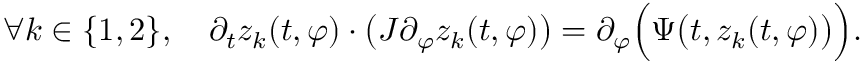
\forall k \in \{ 1 , 2 \} , \quad \partial _ { t } z _ { k } ( t , \varphi ) \cdot \big ( J \partial _ { \varphi } z _ { k } ( t , \varphi ) \big ) = \partial _ { \varphi } \Big ( \Psi \big ( t , z _ { k } ( t , \varphi ) \big ) \Big ) .